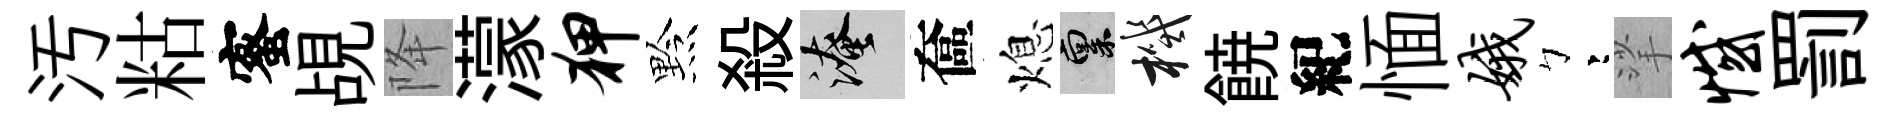
汚䊀蜜覘降濛狎黔殺淹奩熄禀機𩜙紀愐娥彎挲憾罰